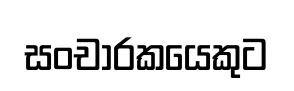
සංචාරකයෙකුට